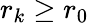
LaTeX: r_{k}\ge r_{0}